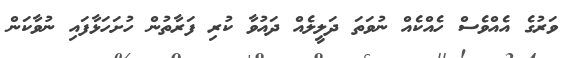
ވަރުގެ އެއްވެސް ހެއްކެއް ނުވަތަ ދަލީލެއް ދައުވާ ކުރި ފަރާތުން ހުށަހަޅާފައި ނުވާކަން